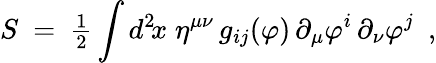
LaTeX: S~=~{\textstyle{\frac{1}{2}}}\int d^{2}\! x\; \eta^{\mu\nu}\, g_{ij}(\varphi)\, \partial_{\mu}\varphi^{i}\, \partial_{\nu}\varphi^{j}~~,